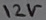
Text: 12V